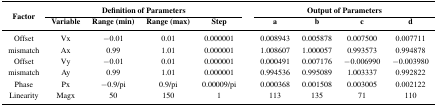
<table><thead><tr><td rowspan="3"><b>Factor</b></td><td colspan="4"><b>Definition of Parameters</b></td><td colspan="4"><b>Output of Parameters</b></td></tr><tr><td><b>Variable</b></td><td><b>Range (min)</b></td><td><b>Range (max)</b></td><td><b>Step</b></td><td><b>a</b></td><td><b>b</b></td><td><b>c</b></td><td><b>d</b></td></tr></thead><tbody><tr><td>Offset</td><td>Vx</td><td>−0.01</td><td>0.01</td><td>0.000001</td><td>0.008943</td><td>0.005878</td><td>0.007500</td><td>0.007711</td></tr><tr><td>mismatch</td><td>Ax</td><td>0.99</td><td>1.01</td><td>0.000001</td><td>1.008607</td><td>1.000057</td><td>0.993573</td><td>0.994878</td></tr><tr><td>Offset</td><td>Vy</td><td>−0.01</td><td>0.01</td><td>0.000001</td><td>0.000491</td><td>0.007176</td><td>−0.006990</td><td>−0.003980</td></tr><tr><td>mismatch</td><td>Ay</td><td>0.99</td><td>1.01</td><td>0.000001</td><td>0.994536</td><td>0.995089</td><td>1.003337</td><td>0.992822</td></tr><tr><td>Phase</td><td>Px</td><td>−0.9/pi</td><td>0.9/pi</td><td>0.00009/pi</td><td>0.000368</td><td>0.001508</td><td>0.003005</td><td>0.002122</td></tr><tr><td>Linearity</td><td>Magx</td><td>50</td><td>150</td><td>1</td><td>113</td><td>135</td><td>71</td><td>110</td></tr></tbody></table>